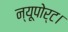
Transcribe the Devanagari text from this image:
न्यूपोर्ट।